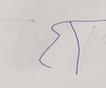
Signature authenticity: forged